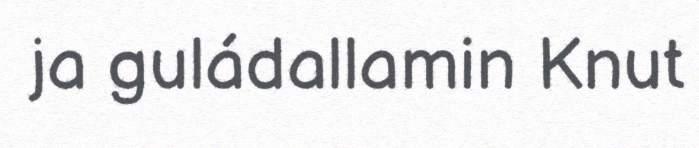
ja guládallamin Knut